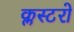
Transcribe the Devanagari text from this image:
क्लस्टरो